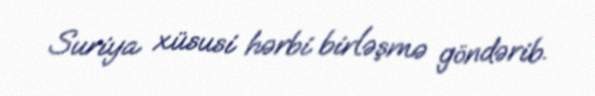
Suriya xüsusi hərbi birləşmə göndərib.